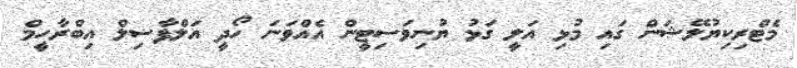
މެޓްރިކިޔުލޭޝަން ގައި މުޅި އަލީ ގަޅު ޔުނިވަސިޓީން އެއްވަނަ ހޯދީ އަލްފާޟިލް އިބްރާހީމް